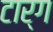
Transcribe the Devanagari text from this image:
टार्ग